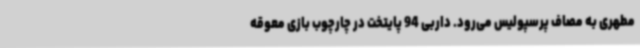
مطهری به مصاف پرسپولیس می‌رود. داربی 94 پایتخت در چارچوب بازی معوقه